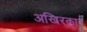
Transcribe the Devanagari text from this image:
अखिरकार